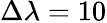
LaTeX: \Delta\lambda=10